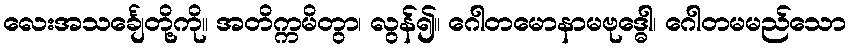
လေးအသင်္ချေတို့ကို။ အတိက္ကမိတွာ၊ လွန်၍။ ဂေါတမောနာမဗုဒ္ဓေါ၊ ဂေါတမမည်သော